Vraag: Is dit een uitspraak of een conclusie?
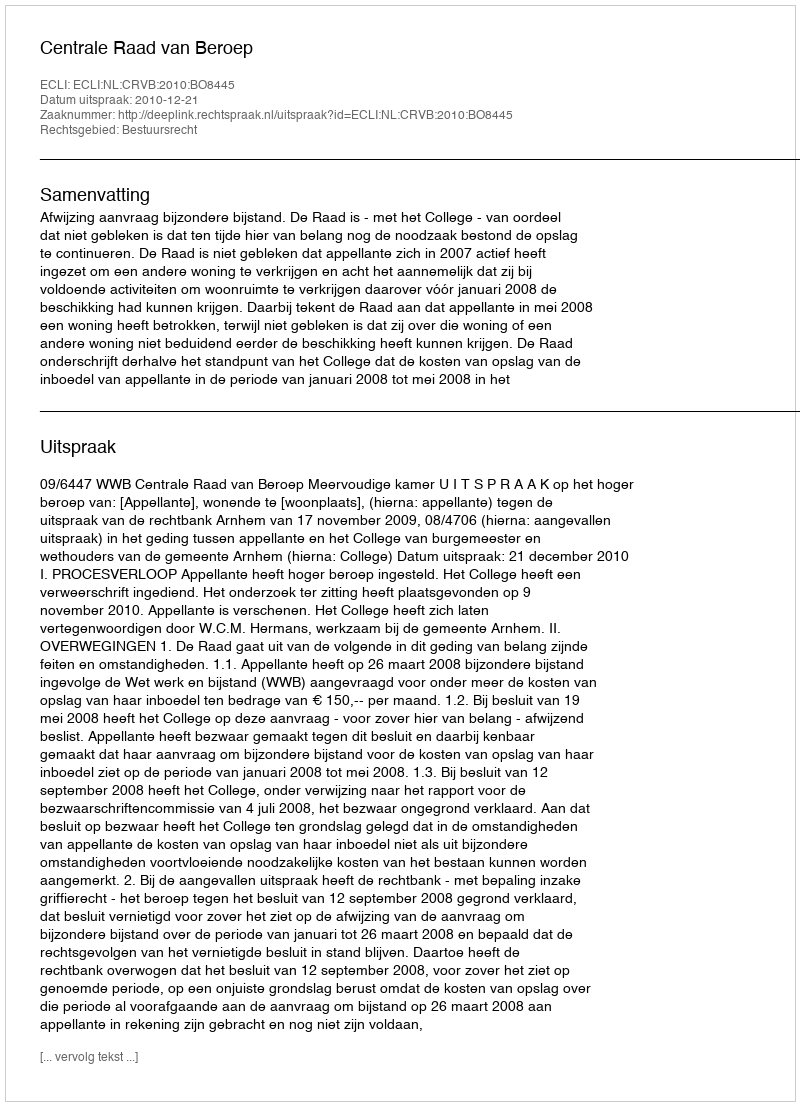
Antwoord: Uitspraak